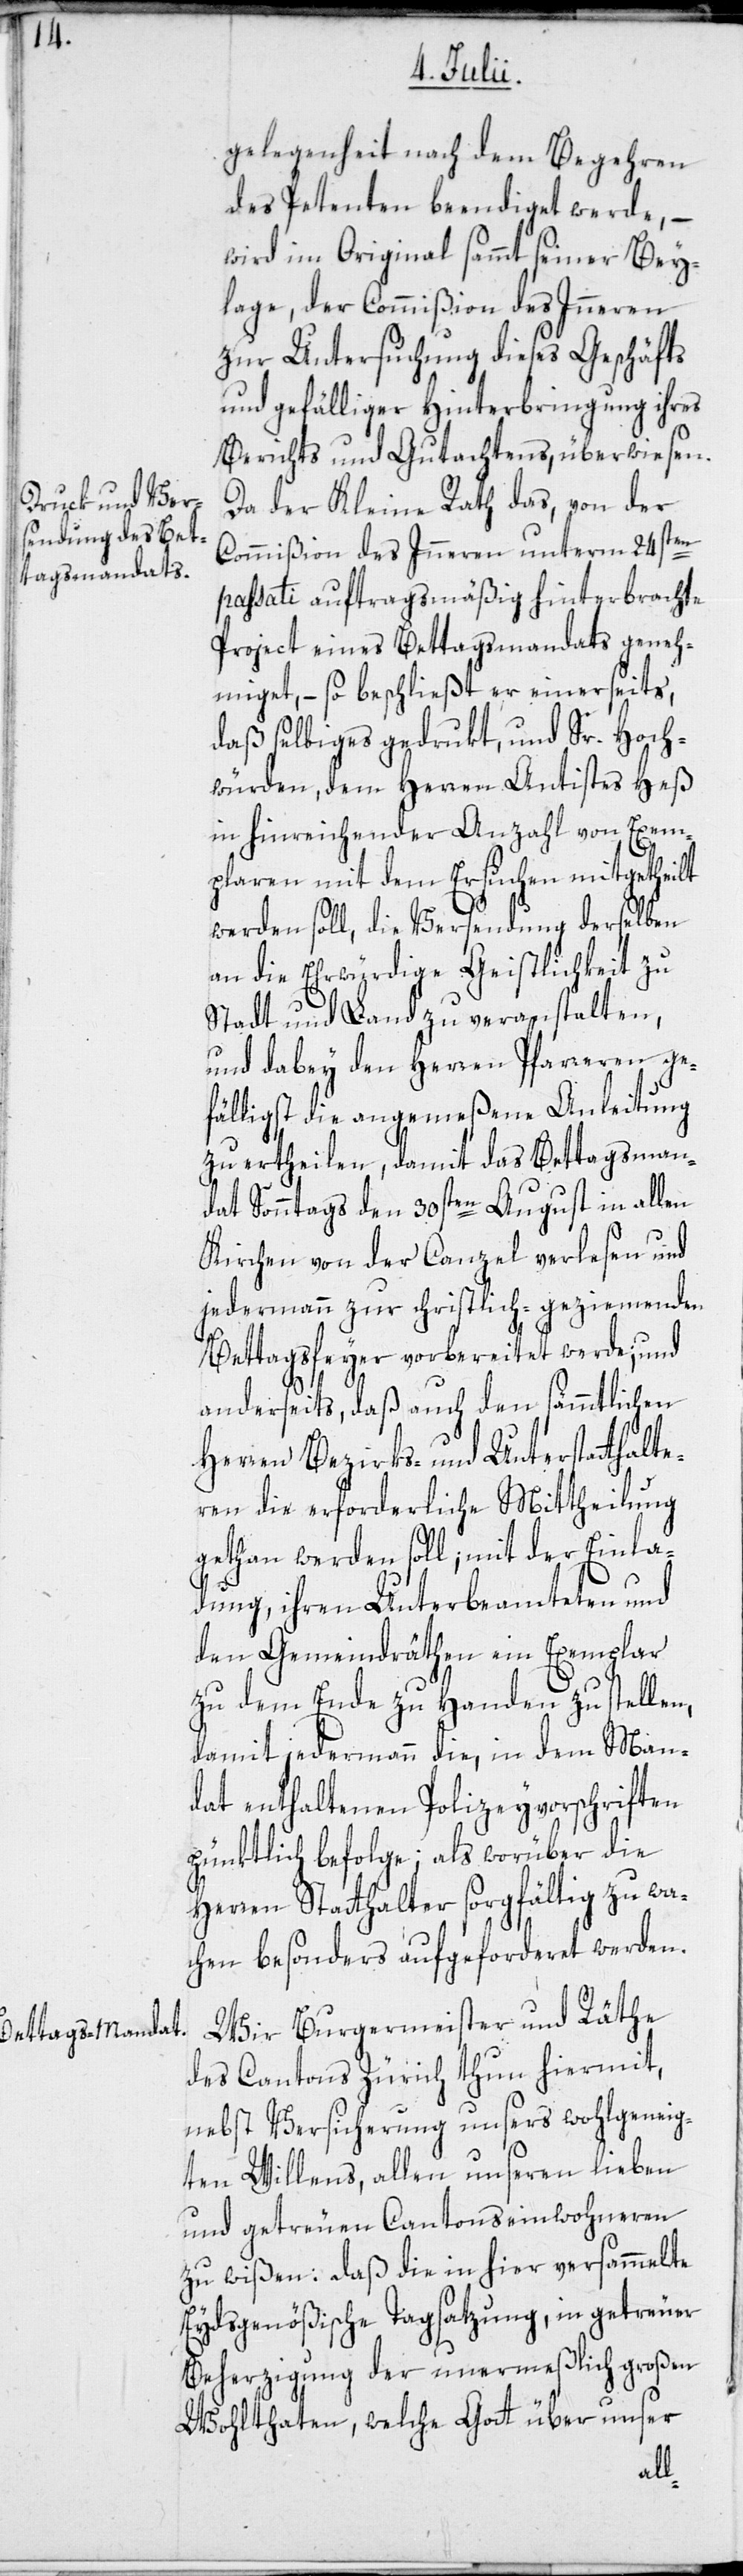
gelegenheit nach dem Begehren
des Petenten beendiget werde, –
wird im Original sammt seiner Bey¬
lage, der Commißion des Inneren
zur Untersuchung dieses Geschäfts
und gefälliger Hinterbringung ihres
Berichts und Gutachtens, überwiesen.
Da der Kleine Rath das, von der
Commißion des Inneren unterm 24sten
passati auftragsmäßig hinterbrachte
Project eines Bettagsmandats geneh¬
miget, – so beschließt er einerseits,
daß selbiges gedrukt, und Sr. Hoch¬
würden, dem Herren Antistes Heß
in hinreichender Anzahl von Exem¬
plaren mit dem Ersuchen mitgetheilt
werden soll, die Versendung derselben
an die Ehrwürdige Geistlichkeit zu
Stadt und Land zu veranstalten,
und dabey den Herren Pfarreren ge¬
fälligst die angemeßene Anleitung
zu ertheilen, damit das Bettagsman¬
dat Sonntags den 30sten August in allen
Kirchen von der Canzel verlesen und
jedermann zur christlich-geziemenden
Bettagsfeyer vorbereitet werde; und
anderseits, daß auch den sämmtlichen
Herren Bezirks- und Unterstatthalt¬
eren die erforderliche Mittheilung
gethan werden soll; mit der Einla¬
dung, ihren Unterbeamteten und
den Gemeindräthen ein Exemplar
zu dem Ende zu Handen zu stellen,
damit jedermann die, in dem Man¬
dat enthaltenen Polizeyvorschriften
pünktlich befolge; als worüber die
Herren Statthalter sorgfältig zu wa¬
chen besonders aufgeforderet werden.
Wir Burgermeister und Räthe
des Cantons Zürich thun hiermit,
nebst Versicherung unsers wohlgeneig¬
ten Willens, allen unseren lieben
und getreuen Cantonseinwohneren
zu wißen: Daß die in hier versammelte
Eydsgenößische Tagsatzung, in getreuer
Beherzigung der unermeßlich großen
Wohlthaten, welche Gott über unser